Bréfritari: Teitur Símonarson
Viðtakandi: Jón Borgfirðingur
Dagsetning: A-1857-05-15
Skrifað á: Hvítárósi  Borg.

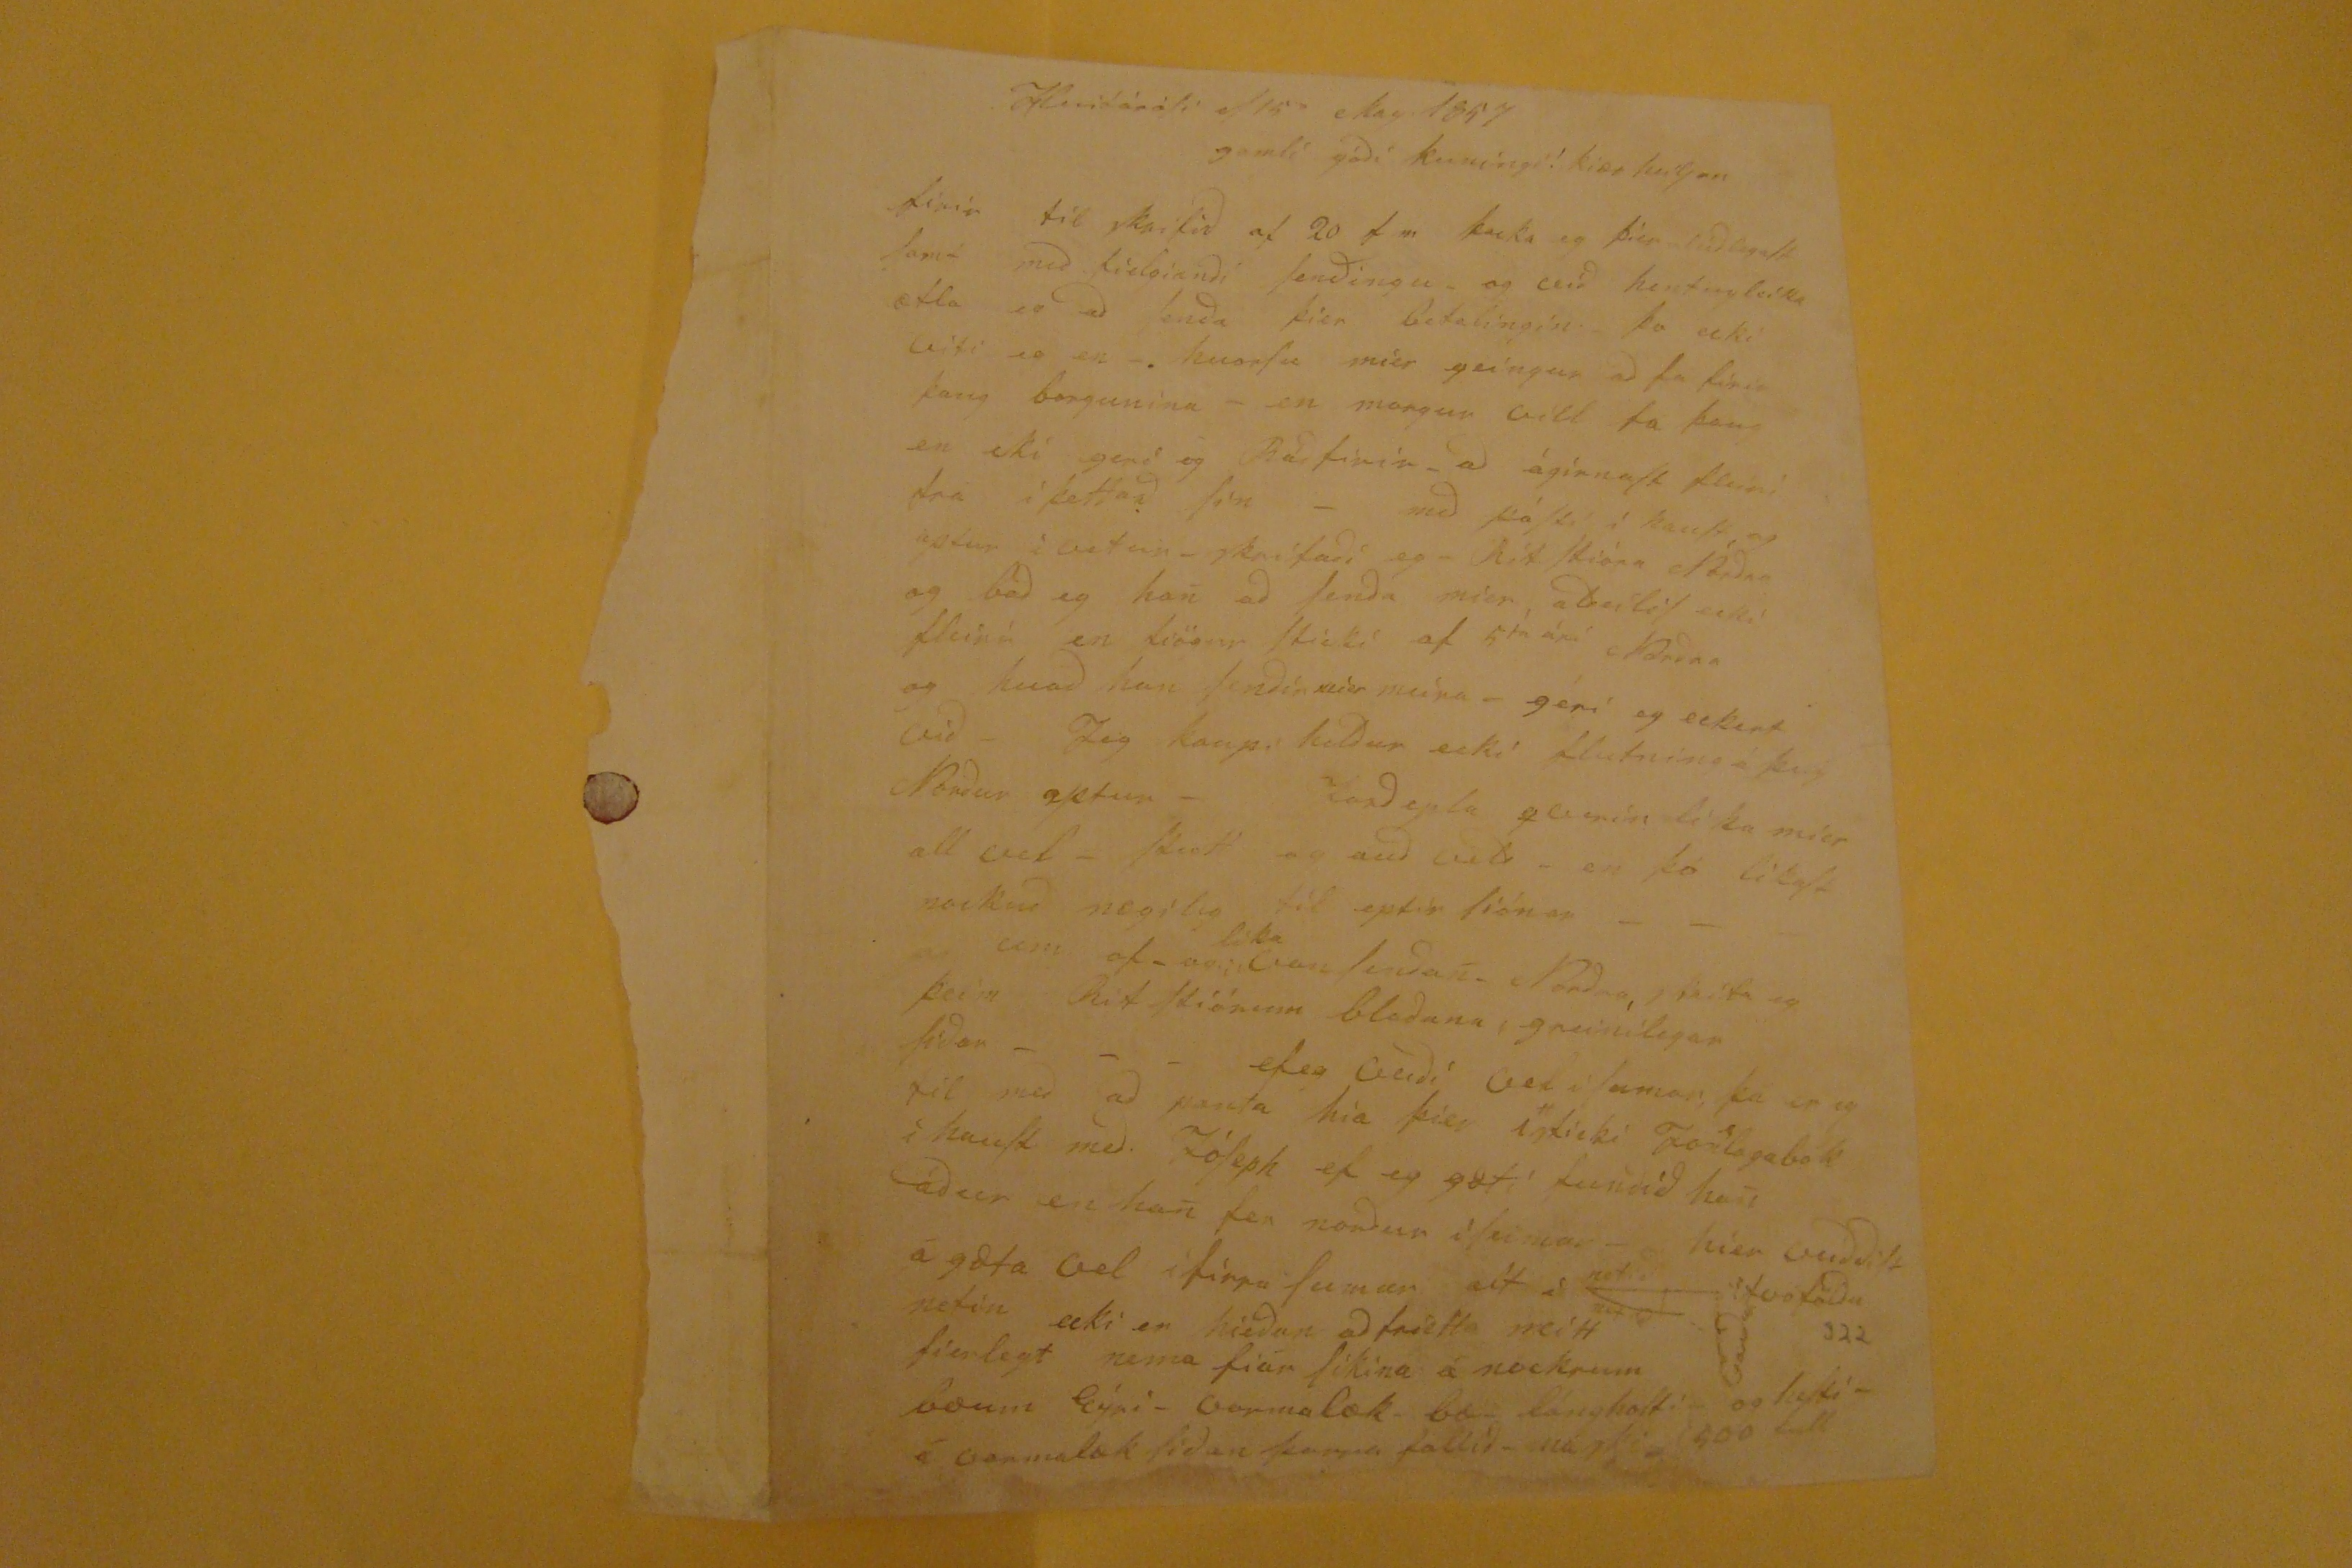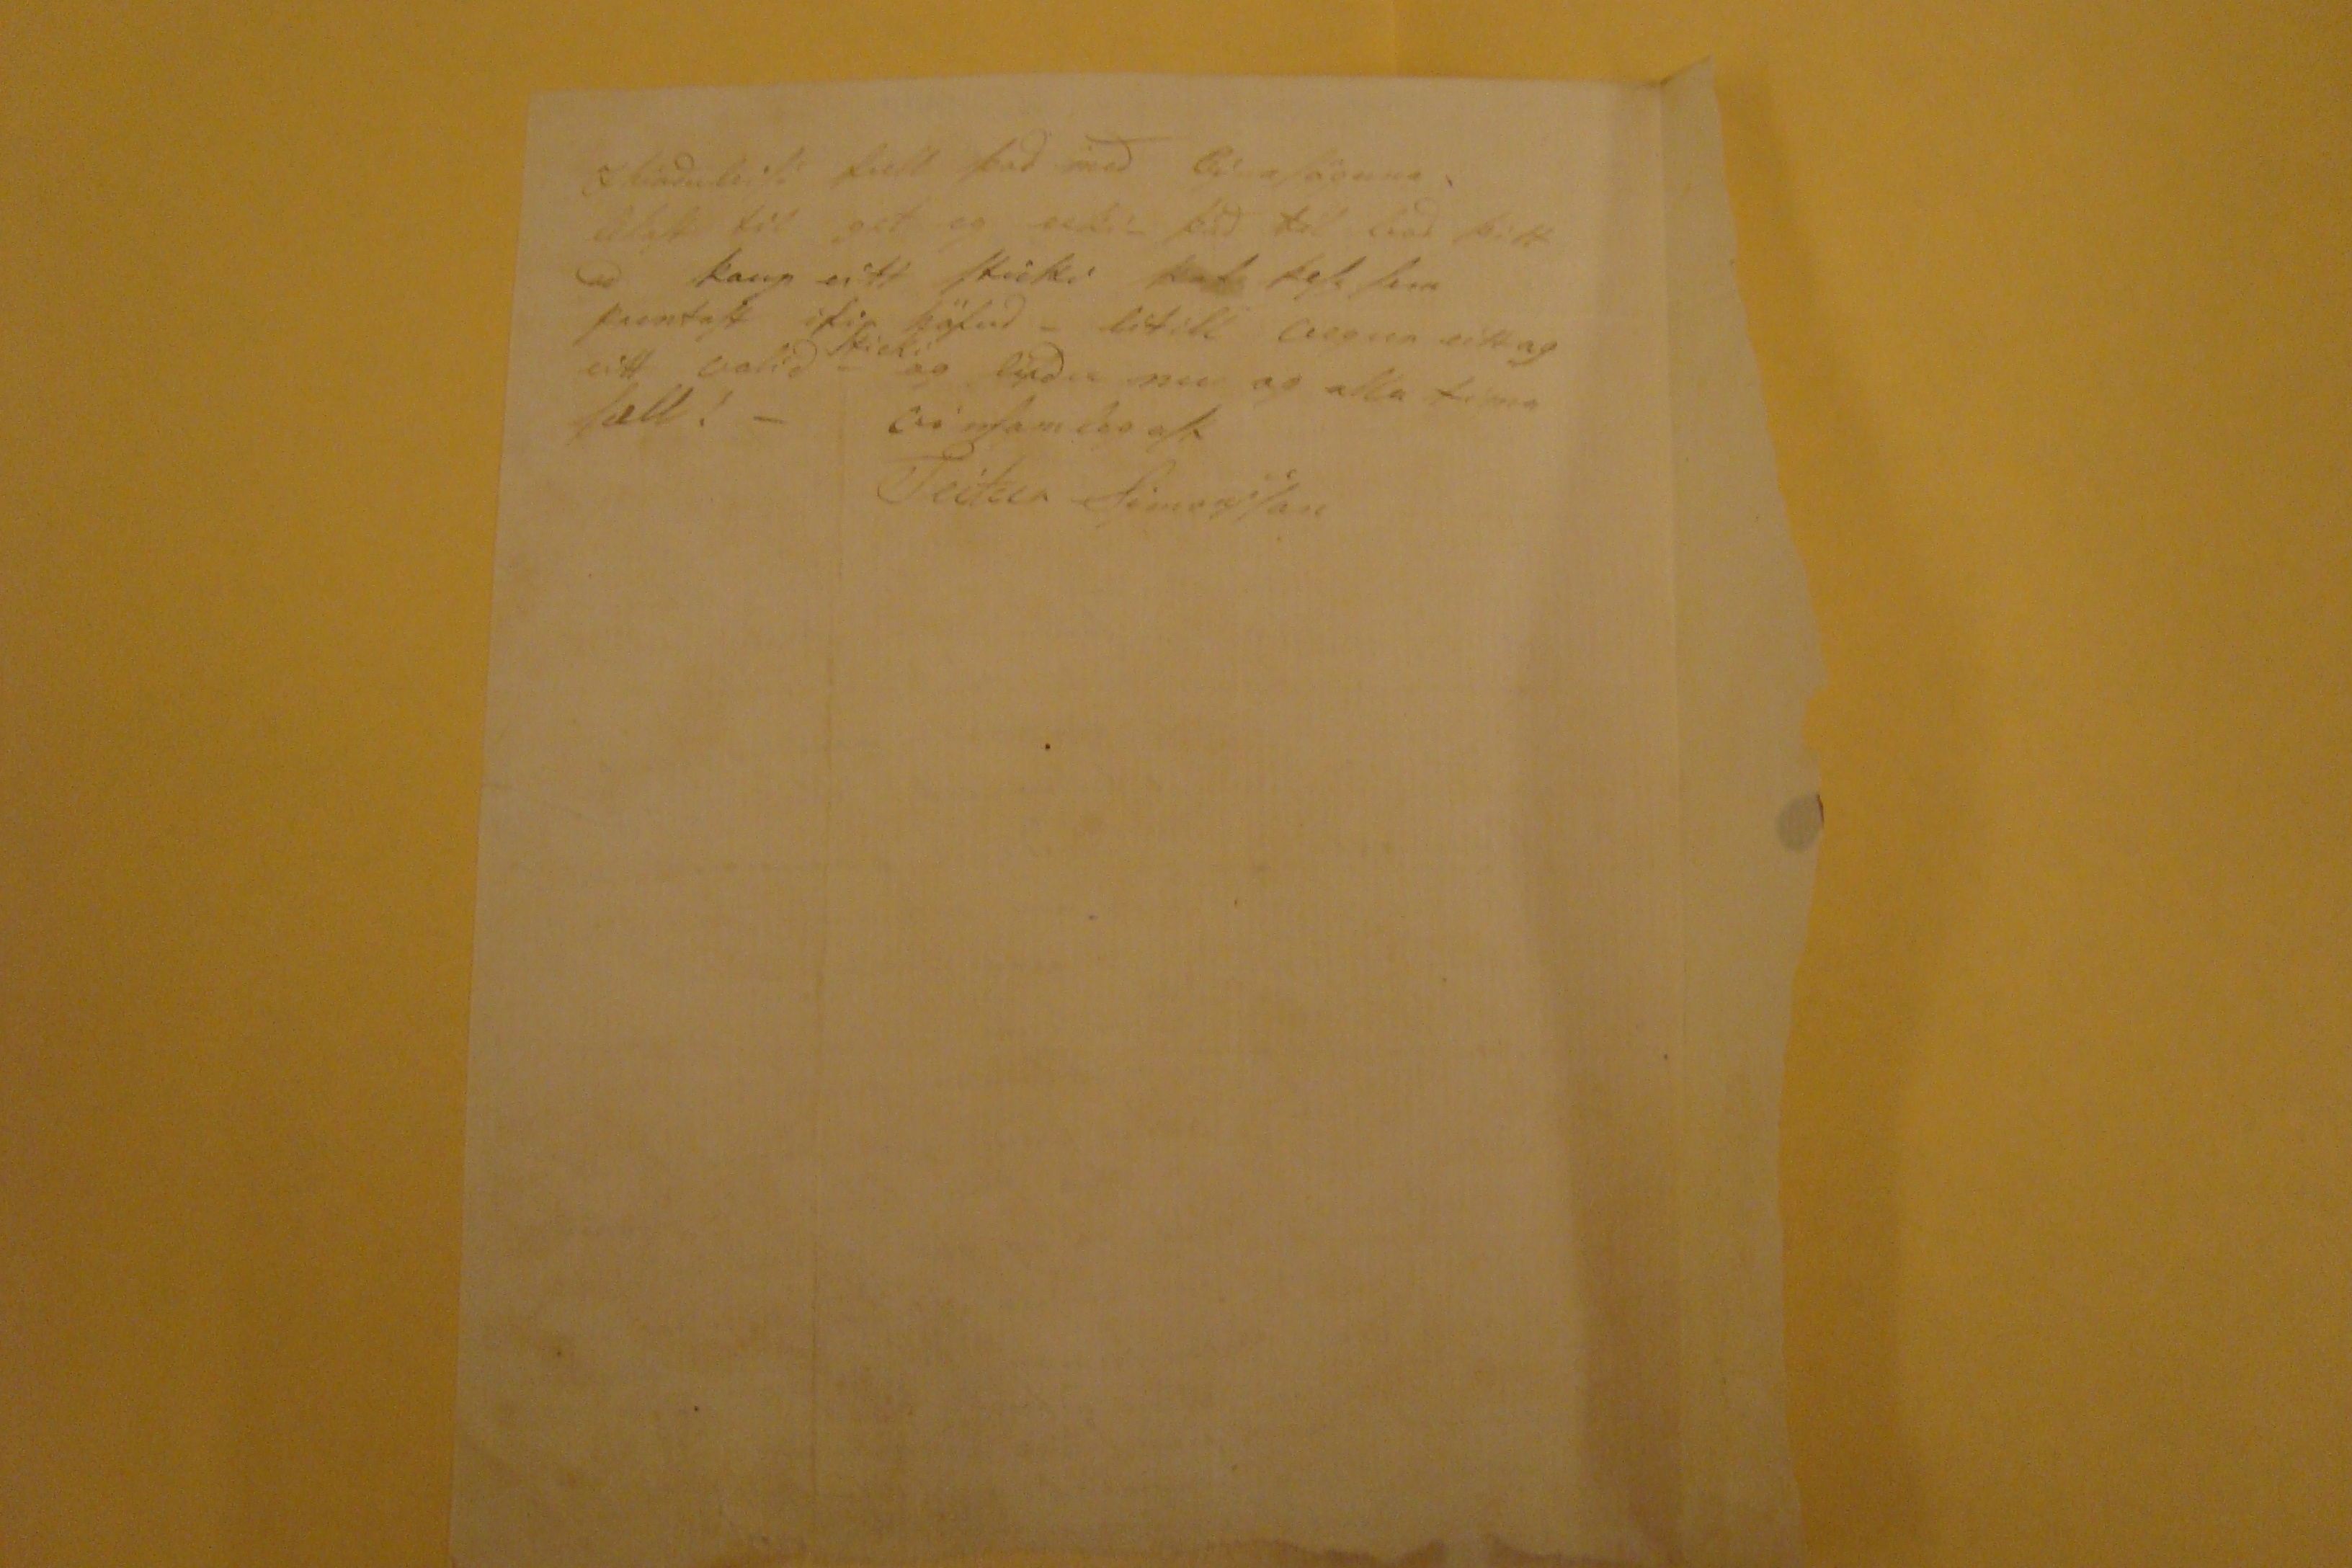

HvitáróSi d 15
ta
May 1857
gamli gódi kuningi! kiær
heilsan
firir til skrifid af 20 f m þaka eg þier alúdlegast Samt med fielgiandi Sendingu. og leid hentugleika ætla so ad Senda þier bitalingin þo eiki leiti so en - hvorSu mier geingur ad fa firir þaug borgunina - en margur eitt fa þaug en eki gert eg Rádfirir- ad ágirnaSt fleiri fra ì þettad Sin - med póSti í haust og aptur i vetur - skrifadi eg -
Rit stiana aflidar
og bad eg han ad Senda mier,
aldeiliS
ecki fleiri en fiögur Sticki af 5
ta ári
Nordar og hvad han Sendir mier meira- geri eg eckert vid- Jeg kaup heldur ecki flutningaá þig Nordur aptur-
Landepla
geimir líka mier all vel- flutt og aud vel- en þó líkaSt nockud nægileg til eptir lidnar- um of- egilean
líka
Sendan- Nordra,
baíta
eg Sidar- ef eg verdi vel í Sumar, þá er eg til med ad panta hia þier 1sticki Forlagabók í hauSt med. JóSeph ef eg gæti fundid han ádur en han fer nordur ì Sumar- hier veiddiSt ágæta vel í firra Sumar út í netid tvoföldu nedin ecki er hiedan ad frietta neitt Sierlegt nema fiár Síkina á nockrum bæum Eýri- Vopnalæk- bæi lángholti- og holti- í varmalæk Sidan þarna fallid- máski 500 kall
I hirduhóli full
þad med
Gýnafögum;
ákaft til get eg ecki- þad til bad þitt ad kaup eitt sticki þeSs Sem prentaSt ifir höfud- lítill vegur eitt og eitt valid
sticki
og lifdu nu og alla tíma Sæll!- vinSamlegaSt
Teitur SigursSon